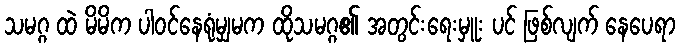
သမဂ္ဂ ထဲ မိမိက ပါဝင်နေရုံမျှမက ထိုသမဂ္ဂ၏ အတွင်းရေးမှူး ပင် ဖြစ်လျက် နေပေရာ